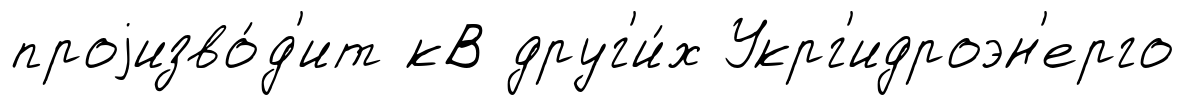
проjизво́д'ит кВ друг'и́х Укрг'идроэн'ерго